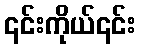
၎င်းကိုယ်၎င်း